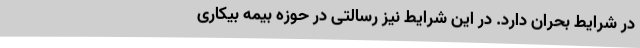
در شرایط بحران دارد. در این شرایط نیز رسالتی در حوزه بیمه بیکاری